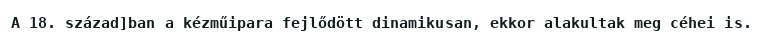
A 18. század]ban a kézműipara fejlődött dinamikusan, ekkor alakultak meg céhei is.